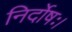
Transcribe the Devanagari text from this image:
निर्दोषः।